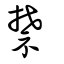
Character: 禁